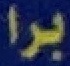
برا